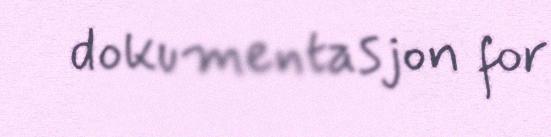
dokumentasjon for